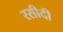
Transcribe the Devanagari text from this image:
रसीदी